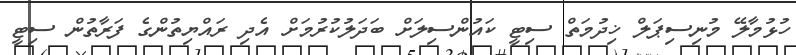
ހުޅުމާލޭ މުނިސިޕަލް ޚިދުމަތް ސިޓީ ކައުންސިލަށް ބަދަލުކުރުމަށް އެދި ރައްޔިތުންގެ ފަރާތުން ސިޓީ